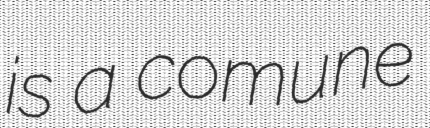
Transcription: is a comune